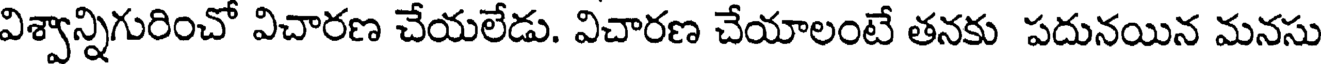
విశ్వాన్నిగురించో విచారణ చేయలేడు. విచారణ చేయాలంటే తనకు పదునయిన మనసు